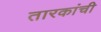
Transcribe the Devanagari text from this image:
तारकांची